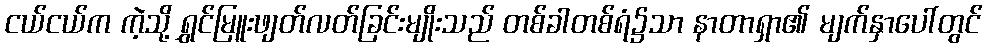
ငယ်ငယ်က ကဲ့သို့ ရွှင်မြူးဖျတ်လတ်ခြင်းမျိုးသည် တစ်ခါတစ်ရံ၌သာ နာတာရှာ၏ မျက်နှာပေါ်တွင်